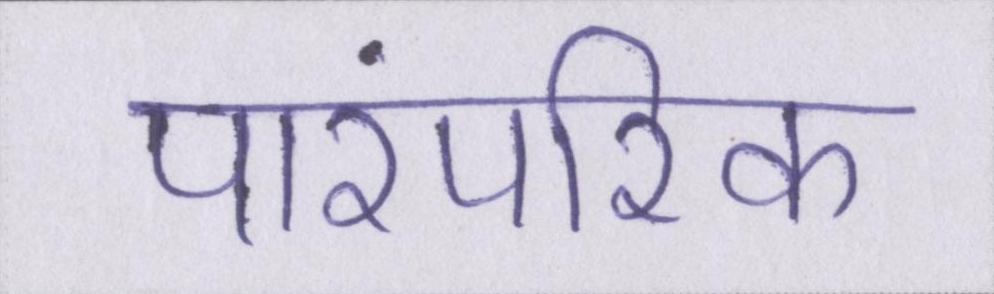
पारंपरिक